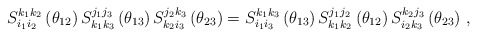
\begin{align*}S_{i_{1}i_{2}}^{k_{1}k_{2}}\left(\theta_{12}\right)S_{k_{1}k_{3}}^{j_{1}j_{3}}\left(\theta_{13}\right)S_{k_{2}i_{3}}^{j_{2}k_{3}}\left(\theta_{23}\right)=S_{i_{1}i_{3}}^{k_{1}k_{3}}\left(\theta_{13}\right)S_{k_{1}k_{2}}^{j_{1}j_{2}}\left(\theta_{12}\right)S_{i_{2}k_{3}}^{k_{2}j_{3}}\left(\theta_{23}\right)\,,\end{align*}